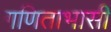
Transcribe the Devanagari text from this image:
गणिताभासी